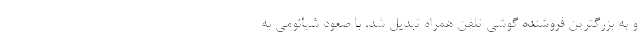
و به بزرگترین فروشنده گوشی تلفن همراه تبدیل شد. با صعود شیائومی به